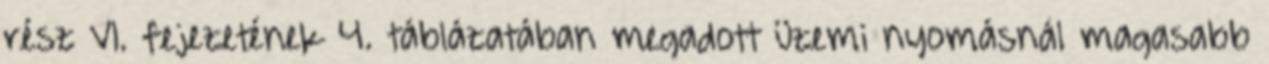
rész VI. fejezetének 4. táblázatában megadott üzemi nyomásnál magasabb